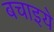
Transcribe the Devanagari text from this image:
बचाइये